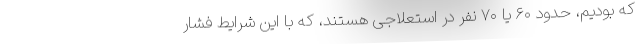
که بودیم، حدود ۶۰ یا ۷۰ نفر در استعلاجی هستند، که با این شرایط فشار